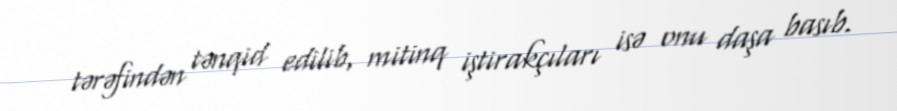
tərəfindən tənqid edilib, mitinq iştirakçıları isə onu daşa basıb.